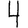
Digit: 4